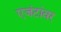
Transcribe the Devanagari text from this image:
एजंटांवर